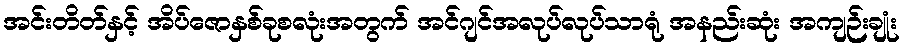
အင်းတိတ်နှင့် အိပ်ဇောနှစ်ခုစလုံးအတွက် အင်ဂျင်အလုပ်လုပ်သာရုံ အနည်းဆုံး အကျဉ်းချုံး